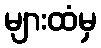
များထံမှ